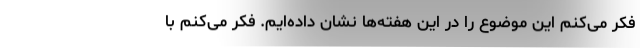
فکر می‌کنم این موضوع را در این هفته‌ها نشان داده‌ایم. فکر می‌کنم با